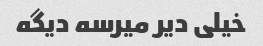
خیلی دیر میرسه دیگه